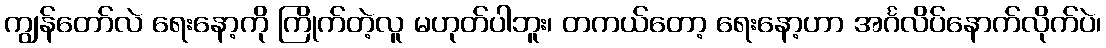
ကျွန်တော်လဲ ရေးနော့ကို ကြိုက်တဲ့လူ မဟုတ်ပါဘူး၊ တကယ်တော့ ရေးနော့ဟာ အင်္ဂလိပ်နောက်လိုက်ပဲ၊